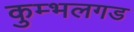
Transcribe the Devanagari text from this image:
कुम्भलगड